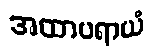
အထာပရာယံ